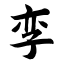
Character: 孪